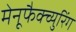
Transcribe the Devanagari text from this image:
मेनूफैक्च्युरिंग